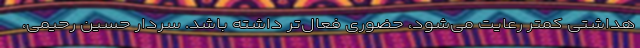
هداشتی کمتر رعایت می‌شود، حضوری فعال‌تر داشته باشد. سردار حسین رحیمی،